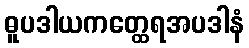
ဓူပဒါယကတ္ထေရအပဒါနံ